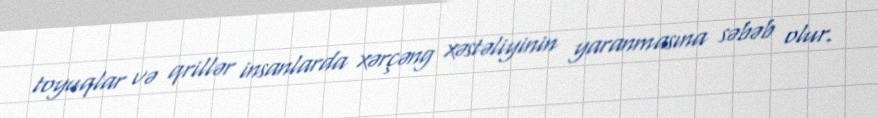
toyuqlar və qrillər insanlarda xərçəng xəstəliyinin yaranmasına səbəb olur.